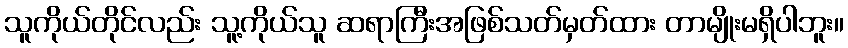
သူကိုယ်တိုင်လည်း သူ့ကိုယ်သူ ဆရာကြီးအဖြစ်သတ်မှတ်ထား တာမျိုးမရှိပါဘူး။